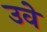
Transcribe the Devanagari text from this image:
उवे